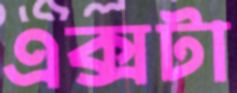
এক্সটা